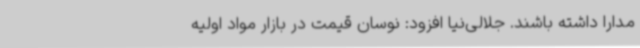
مدارا داشته باشند. جلالی‌نیا افزود: نوسان قیمت در بازار مواد اولیه